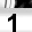
Digit: 1